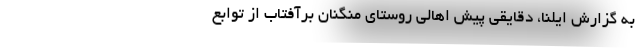
به گزارش ایلنا، دقایقی پیش اهالی روستای مُنگنان برآفتاب از توابع